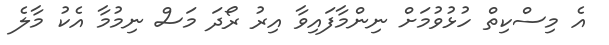
އެ މިސްކިތް ހުޅުވުމަށް ނިންމާފައިވާ އިރު ރޯދަ މަސް ނިމުމާ އެކު މާލެ